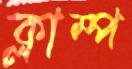
ক্লাম্প